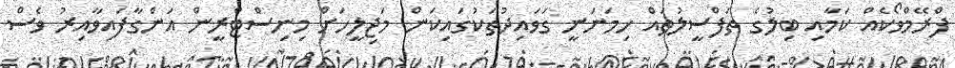
ފްރޭމްވޯކެއް ކަމާއި ބިލުގެ ތަފްސީލުތައް ހިމަނަނީ ގަވައިދުތަކުގައިކަން މަޖިލީހަށް މިނިސްޓްރީން އަންގާފައިވާއިރު ވެސް